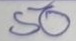
50